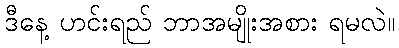
ဒီနေ့ ဟင်းရည် ဘာအမျိုးအစား ရမလဲ။